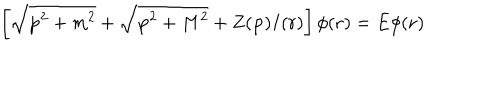
\left[ \sqrt { { \bf p } ^ { 2 } + m ^ { 2 } } + \sqrt { { \bf p } ^ { 2 } + M ^ { 2 } } + Z ( { \bf p } ) I ( r ) \right] \phi ( { \bf r } ) = E \phi ( { \bf r } )